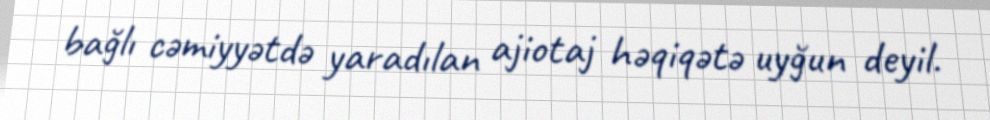
bağlı cəmiyyətdə yaradılan ajiotaj həqiqətə uyğun deyil.